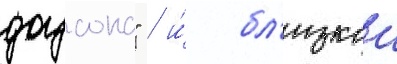
доусона" / и́ бл'изкои